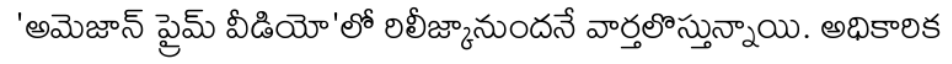
'అమెజాన్ ప్రైమ్ వీడియో'లో రిలీజ్కానుందనే వార్తలొస్తున్నాయి. అధికారిక